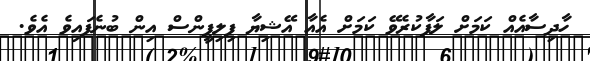
ހާދިސާއެއް ކަމަށް ލަފާކުރެވޭ ކަމަށް އެއާ އޭޝިޔާ ފިލިޕީންސް އިން ބުނެފައިވެ އެވެ.